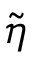
\widetilde { \boldsymbol { \eta } }